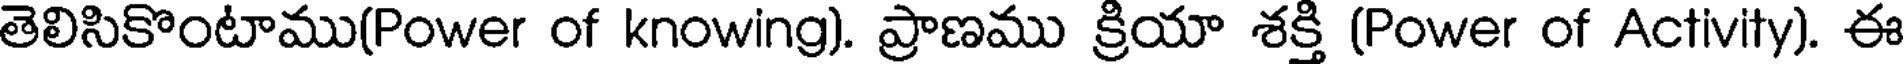
తెలిసికొంటాము(Power of knowing). ప్రాణము క్రియా శక్తి (Power of Activity). ఈ